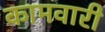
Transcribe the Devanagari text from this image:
कामवारी